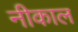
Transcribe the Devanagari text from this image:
नीकाल